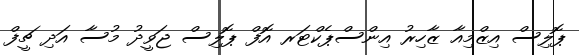
ޕޮލިސް އިޒްމިއާ ޒާހިރު އިންސްޕެކްޓަރ އޮފް ޕޮލިސް ޖަވީދު މުސާ އަދި ޗީފް